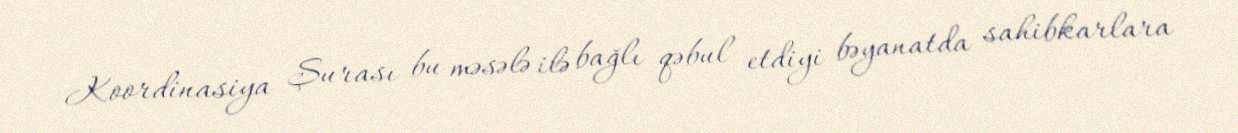
Koordinasiya Şurası bu məsələ ilə bağlı qəbul etdiyi bəyanatda sahibkarlara